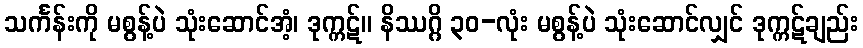
သင်္ကန်းကို မစွန့်ပဲ သုံးဆောင်အံ့၊ ဒုက္ကဋ်။ နိဿဂ္ဂိ ၃၀-လုံး မစွန့်ပဲ သုံးဆောင်လျှင် ဒုက္ကဋ်ချည်း